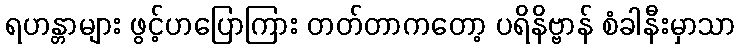
ရဟန္တာများ ဖွင့်ဟပြောကြား တတ်တာကတော့ ပရိနိဗ္ဗာန် စံခါနီးမှာသာ